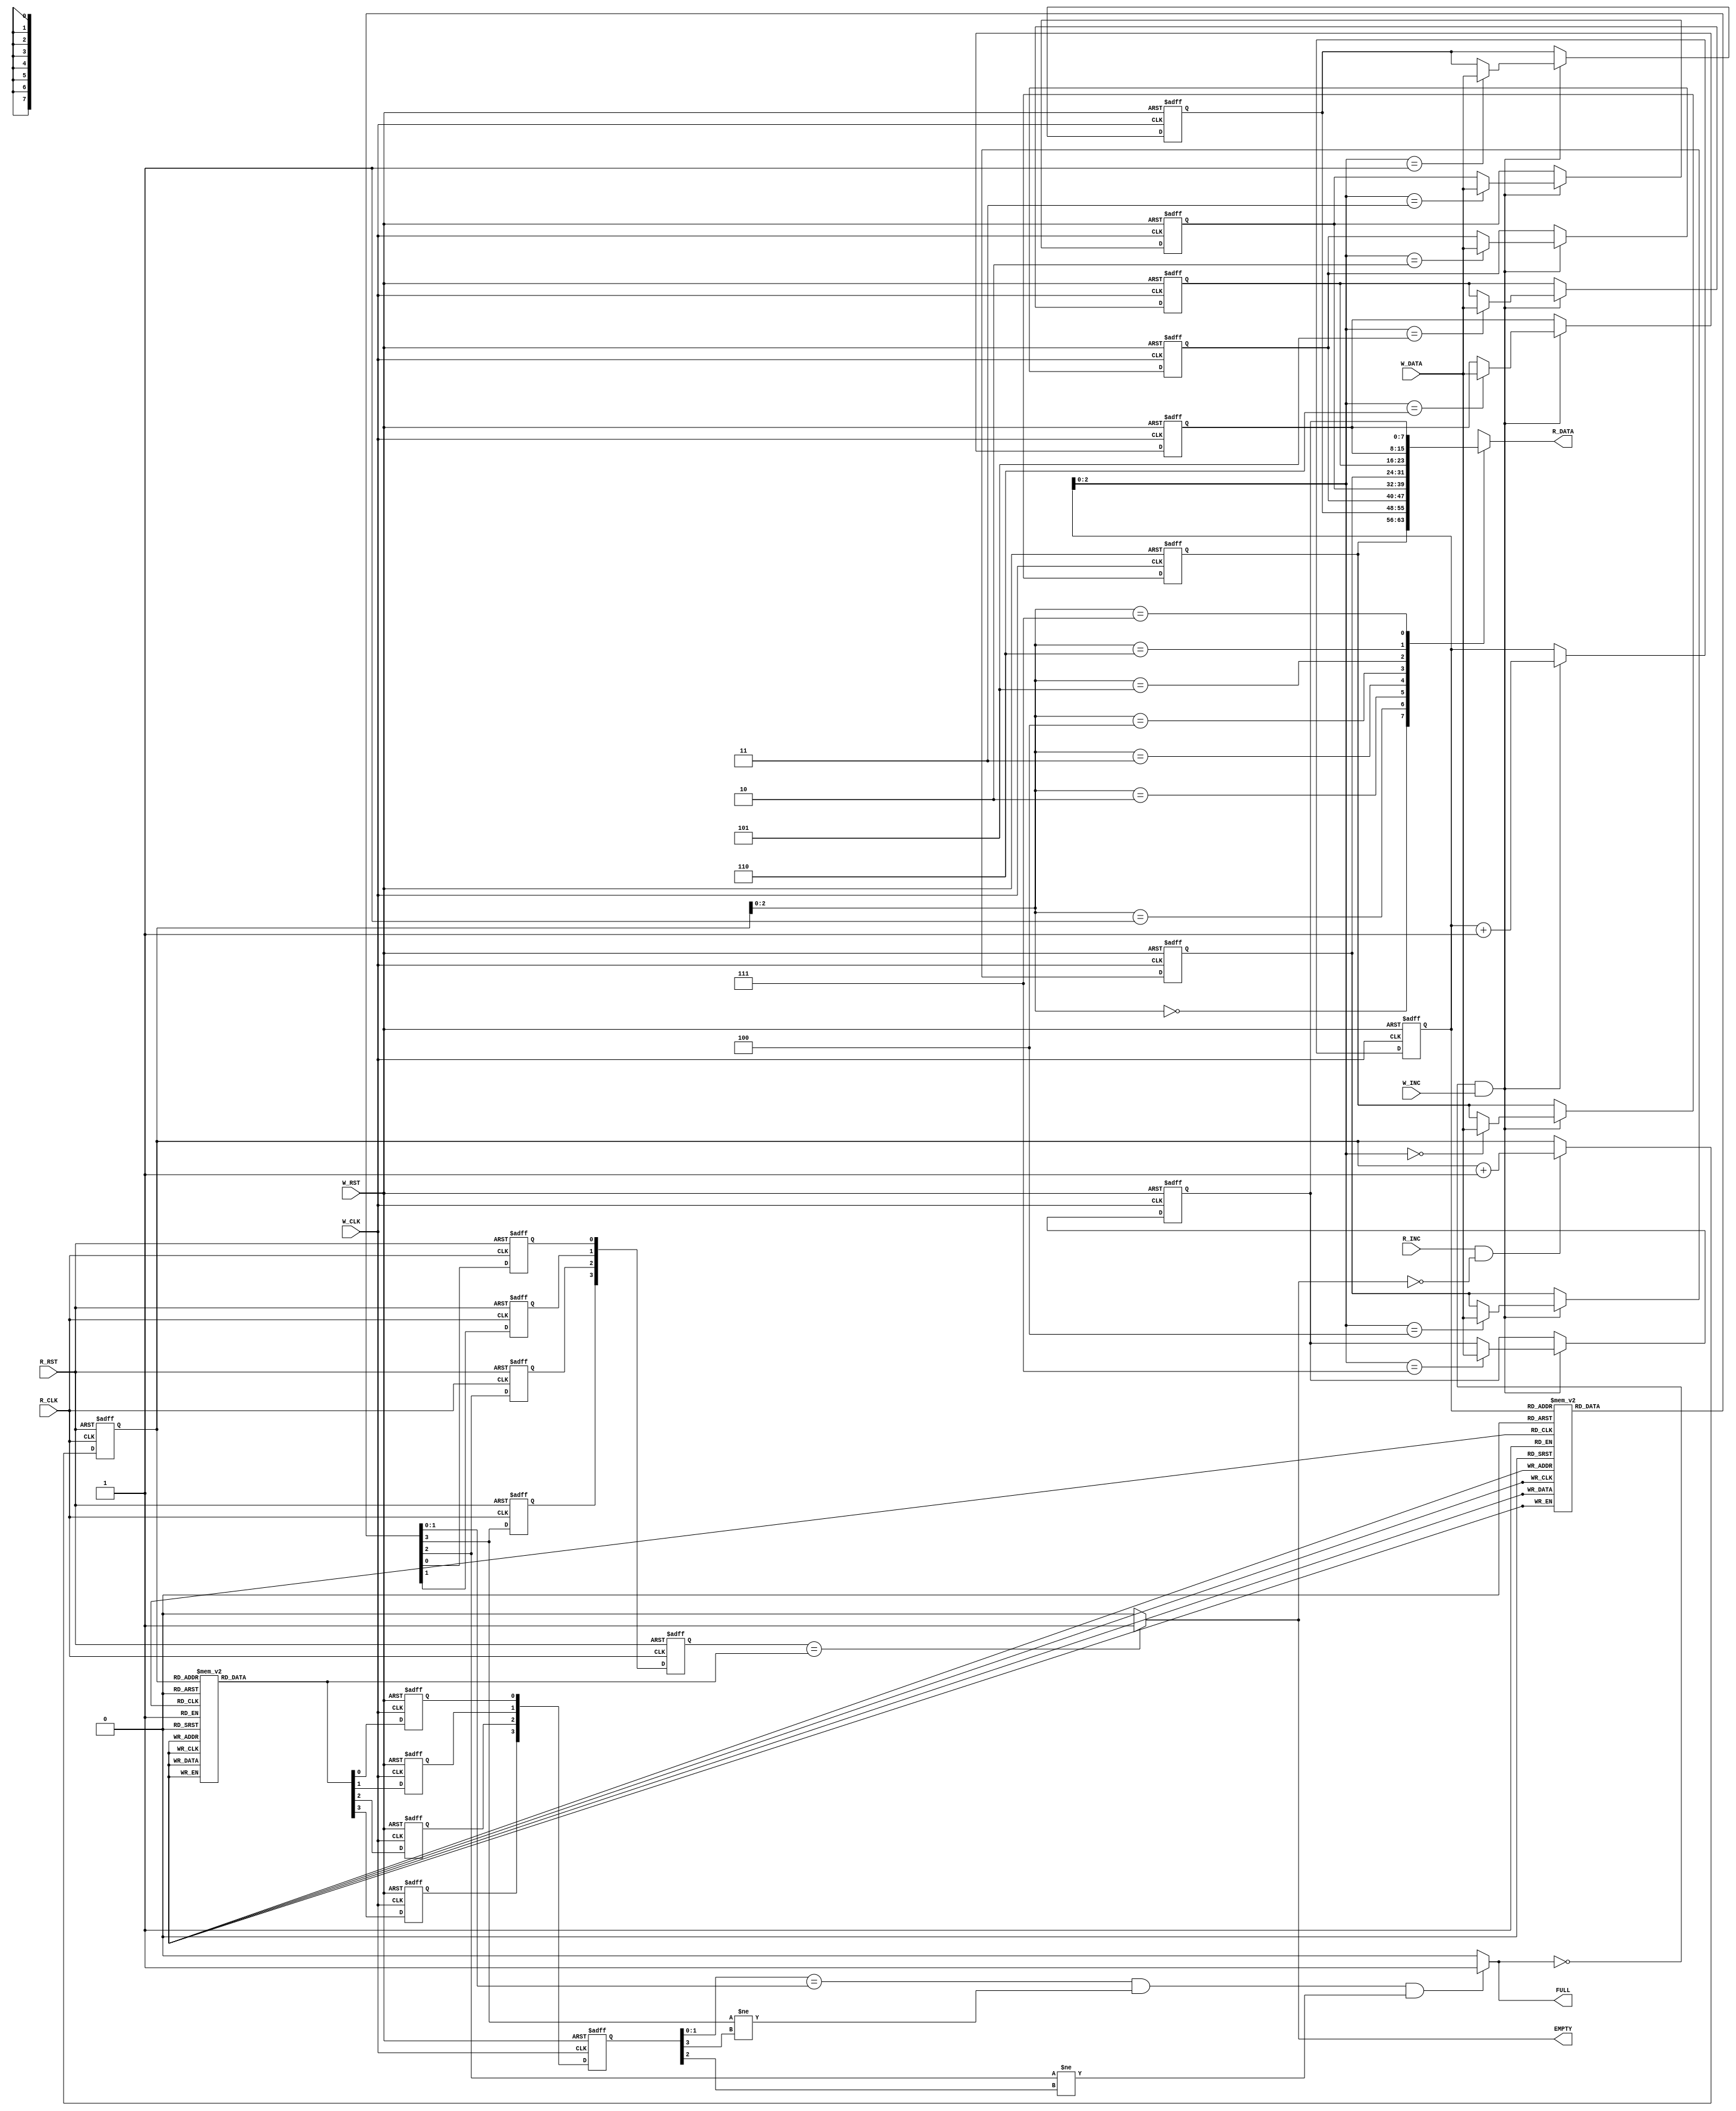

/////////////////////////////////////////////////////////////
//////////////////////////// FIFO ///////////////////////////
/////////////////////////////////////////////////////////////

module FIFO 
#(parameter WIDTH = 8, DEPTH = 8, ptr_width = 4, NUM_STAGES = 2)
(W_DATA, W_INC, R_INC, W_CLK, W_RST, R_CLK, R_RST,
 FULL, EMPTY, R_DATA);
input [WIDTH-1:0] W_DATA;
input             W_INC;
input             R_INC;
input             W_CLK;
input             W_RST;
input             R_CLK;
input             R_RST;
output FULL;
output EMPTY;
output [WIDTH-1:0] R_DATA;

wire FULL;
wire EMPTY;
wire [WIDTH-1:0] R_DATA;

reg [ptr_width-1:0] w_ptr;
reg [ptr_width-1:0] r_ptr;
reg [ptr_width-1:0] sync_w_ptr;
reg [ptr_width-1:0] sync_r_ptr;
reg [ptr_width-1:0] gray_w_ptr;
reg [ptr_width-1:0] gray_r_ptr;

reg [WIDTH-1:0] FIFO_MEMORY [0:DEPTH-1];
reg [NUM_STAGES-2:0] Multi_ff_1 [0:ptr_width-1]; 
reg [NUM_STAGES-2:0] Multi_ff_2 [0:ptr_width-1]; 


wire [ptr_width-2:0] w_addr;
wire [ptr_width-2:0] r_addr;
assign R_DATA = FIFO_MEMORY [r_addr];
assign w_addr = w_ptr [ptr_width-2:0];
assign r_addr = r_ptr [ptr_width-2:0];
assign FULL   = ((sync_r_ptr [(ptr_width-3):0] == gray_w_ptr [(ptr_width-3):0]) && (gray_w_ptr [ptr_width-1] != sync_r_ptr [ptr_width-1]) && ((gray_w_ptr [ptr_width-2] != sync_r_ptr [ptr_width-2]))) ? 1:0;
assign EMPTY  = (sync_w_ptr == gray_r_ptr) ? 1:0;

integer i;
integer J;

//FIFO Write
always @(posedge W_CLK or negedge W_RST) 
begin
    if (!W_RST)
    begin
        w_ptr <= 0;
        for(i=0; i<DEPTH; i=i+1)
        begin
            FIFO_MEMORY [i] <= 0;
        end
    end
    else if (!FULL && W_INC)
    begin
        FIFO_MEMORY [w_addr] <= W_DATA;
        w_ptr <= w_ptr + 1;
    end
end

//FIFO Read 
always @(posedge R_CLK or negedge R_RST) 
begin
    if (!R_RST)     
    begin 
        r_ptr <= 0;             
    end
    else if (R_INC && !EMPTY) 
    begin 
        r_ptr <= r_ptr + 1;   
    end
end

//r2w sync
always @ (posedge W_CLK or negedge W_RST)
begin
    if(!W_RST)
    begin
        for (i=0; i<ptr_width; i=i+1)
        begin
             Multi_ff_1[i] <= 1'b0;
        end
        sync_r_ptr <= 0;
    end
    else
    begin
        for (i=0; i<ptr_width; i=i+1)
        begin
            Multi_ff_1 [i][2-2] <= gray_r_ptr [i];
        end
        for (J=0; J<ptr_width; J=J+1)
        begin
            for (i=2; i>1; i=i-1)
            begin
                Multi_ff_1 [J][i-3] <= Multi_ff_1 [J][i-2];
            end
            sync_r_ptr [J] <= Multi_ff_1 [J][0];
        end
    end
end

//w2r sync
always @ (posedge R_CLK or negedge R_RST)
begin
    if(!R_RST)
    begin
        for (i=0; i<ptr_width; i=i+1)
        begin
             Multi_ff_2[i] <= 1'b0;
        end
        sync_w_ptr <= 0;
    end
    else
    begin
        for (i=0; i<ptr_width; i=i+1)
        begin
            Multi_ff_2 [i][2-2] <= gray_w_ptr [i];
        end
        for (J=0; J<ptr_width; J=J+1)
        begin
            for (i=2; i>1; i=i-1)
            begin
                Multi_ff_2 [J][i-3] <= Multi_ff_2 [J][i-2];
            end
            sync_w_ptr [J] <= Multi_ff_2 [J][0];
        end
    end
end


//r_ptr gray coding
always @(*)
begin
    case (r_ptr)
    0:  gray_r_ptr = 4'b0000;
    1:  gray_r_ptr = 4'b0001;
    2:  gray_r_ptr = 4'b0011;
    3:  gray_r_ptr = 4'b0010; 
    4:  gray_r_ptr = 4'b0110;
    5:  gray_r_ptr = 4'b0111;
    6:  gray_r_ptr = 4'b0101;
    7:  gray_r_ptr = 4'b0100;

    8:  gray_r_ptr = 4'b1100;
    9:  gray_r_ptr = 4'b1101;
    10: gray_r_ptr = 4'b1111;
    11: gray_r_ptr = 4'b1110; 
    12: gray_r_ptr = 4'b1010;
    13: gray_r_ptr = 4'b1011;
    14: gray_r_ptr = 4'b1001;
    15: gray_r_ptr = 4'b1000;
    endcase
end

//w_ptr gray coding
always @(*)
begin
    case (w_ptr)
    0:  gray_w_ptr = 4'b0000;
    1:  gray_w_ptr = 4'b0001;
    2:  gray_w_ptr = 4'b0011;
    3:  gray_w_ptr = 4'b0010; 
    4:  gray_w_ptr = 4'b0110;
    5:  gray_w_ptr = 4'b0111;
    6:  gray_w_ptr = 4'b0101;
    7:  gray_w_ptr = 4'b0100;

    8:  gray_w_ptr = 4'b1100;
    9:  gray_w_ptr = 4'b1101;
    10: gray_w_ptr = 4'b1111;
    11: gray_w_ptr = 4'b1110; 
    12: gray_w_ptr = 4'b1010;
    13: gray_w_ptr = 4'b1011;
    14: gray_w_ptr = 4'b1001;
    15: gray_w_ptr = 4'b1000;
    endcase
end

endmodule